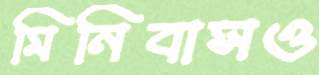
মিনিবাসও